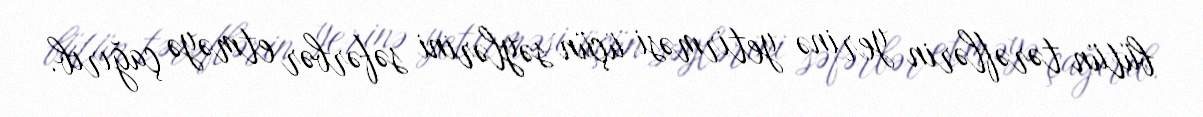
bütün tərəflərin yerinə yetirməsi üçün səylərini səfərbər etməyə çağırıb.